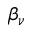
\beta _ { \nu }